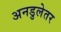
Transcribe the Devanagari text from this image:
अनडुलेतर